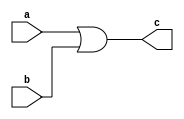
// This program was cloned from: https://github.com/lnis-uofu/OpenFPGA
// License: MIT License

/////////////////////////////////////////
//  Functionality: 2-input OR 
////////////////////////////////////////
`timescale 1ns / 1ps

module or2(
  a,
  b,
  c);

input wire a;
input wire b;
output wire c;

assign c = a | b;

endmodule